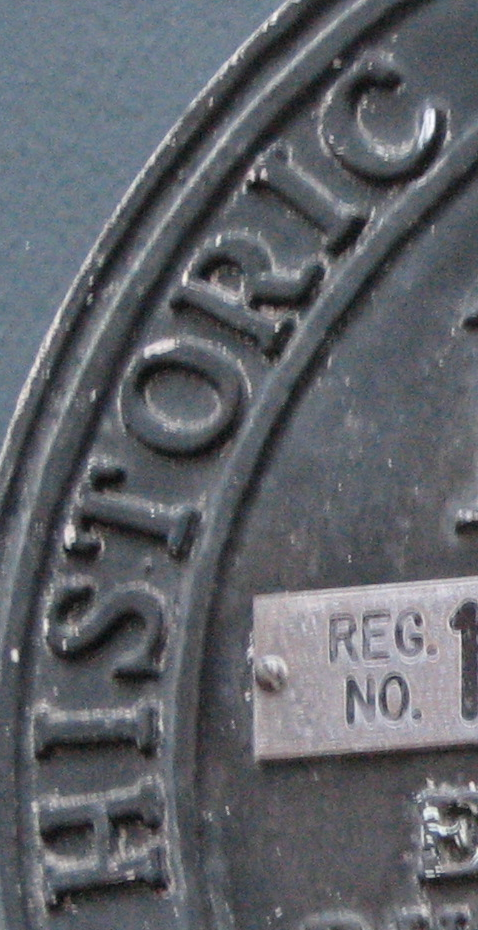
HISTORIC